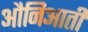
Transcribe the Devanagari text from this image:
औनिआती